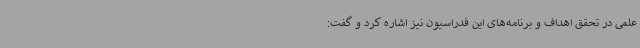
علمی در تحقق اهداف و برنامه‌های این فدراسیون نیز اشاره کرد و گفت: